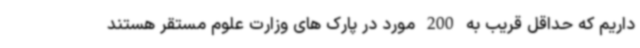
داریم که حداقل قریب به 200 مورد در پارک های وزارت علوم مستقر هستند